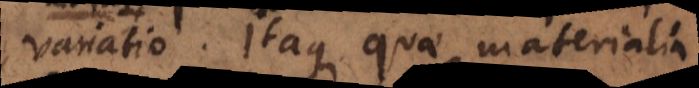
variatio. Itaque quae materialia